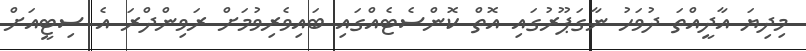
މިދިޔަ އާދީއްތަ ދުވަހު ނާގަޕޫރުގައި އޮތް ކޮންސެޓެއްގައި ބައިވެރިވުމަށް ރަވިންދްރަ އެ ސިޓީއަށް